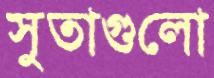
সুতাগুলো